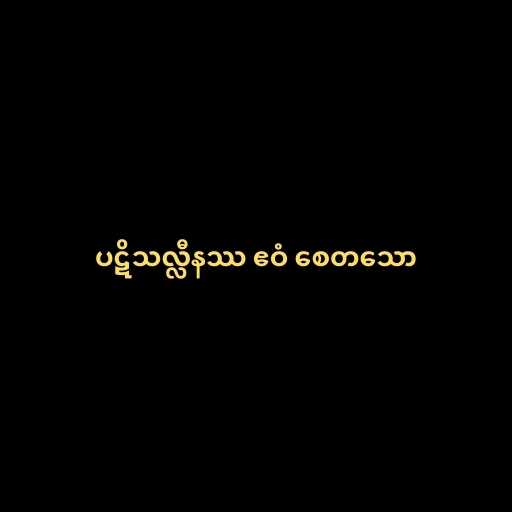
ပဋိသလ္လီနဿ ဧဝံ စေတသော